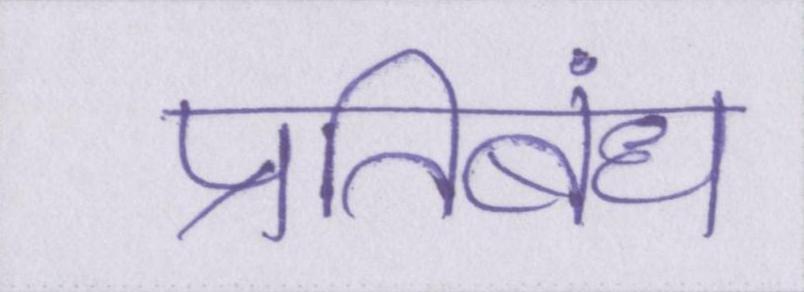
प्रतिबंध